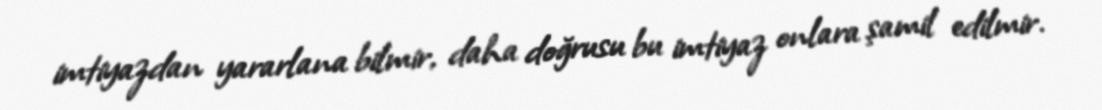
imtiyazdan yararlana bilmir, daha doğrusu bu imtiyaz onlara şamil edilmir.